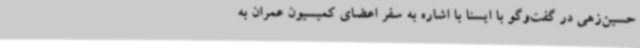
حسین‌زهی در گفت‌وگو با ایسنا با اشاره به سفر اعضای کمیسیون عمران به